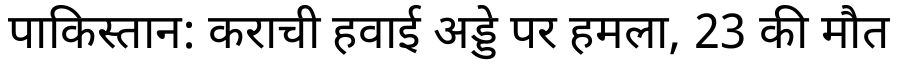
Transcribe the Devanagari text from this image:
पाकिस्तान: कराची हवाई अड्डे पर हमला, 23 की मौत